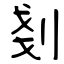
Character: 剗